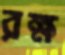
রক্ষ